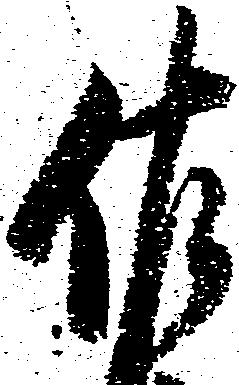
佐